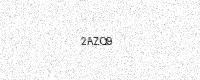
Text: 2AZQ9